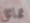
تماثل